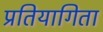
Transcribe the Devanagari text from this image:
प्रतियागिता